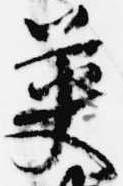
英